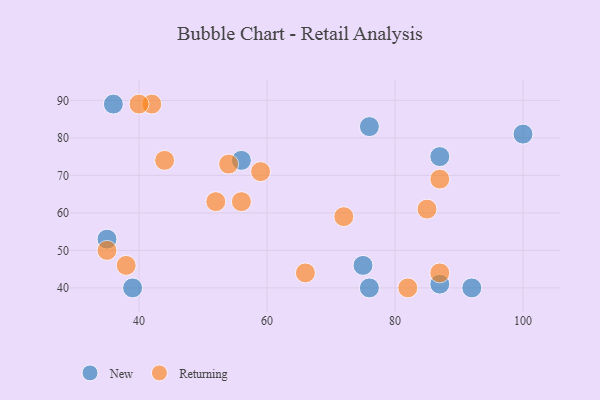
{"axis": {"x": "GDP", "y": "Life Expectancy"}, "legend": ["New", "Returning"], "data": [{"x": "75", "y": 46, "type": "New"}, {"x": "87", "y": 75, "type": "New"}, {"x": "56", "y": 74, "type": "New"}, {"x": "76", "y": 83, "type": "New"}, {"x": "92", "y": 40, "type": "New"}, {"x": "87", "y": 41, "type": "New"}, {"x": "76", "y": 40, "type": "New"}, {"x": "100", "y": 81, "type": "New"}, {"x": "35", "y": 53, "type": "New"}, {"x": "39", "y": 40, "type": "New"}, {"x": "36", "y": 89, "type": "New"}, {"x": "82", "y": 40, "type": "Returning"}, {"x": "66", "y": 44, "type": "Returning"}, {"x": "72", "y": 59, "type": "Returning"}, {"x": "87", "y": 44, "type": "Returning"}, {"x": "35", "y": 50, "type": "Returning"}, {"x": "56", "y": 63, "type": "Returning"}, {"x": "42", "y": 89, "type": "Returning"}, {"x": "38", "y": 46, "type": "Returning"}, {"x": "87", "y": 69, "type": "Returning"}, {"x": "40", "y": 89, "type": "Returning"}, {"x": "52", "y": 63, "type": "Returning"}, {"x": "59", "y": 71, "type": "Returning"}, {"x": "44", "y": 74, "type": "Returning"}, {"x": "85", "y": 61, "type": "Returning"}, {"x": "54", "y": 73, "type": "Returning"}]}